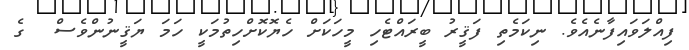
ފިއްލަވައިފާނެއެވެ. ނިކަމެތި ފަޤީރު ބީރައްޓެހި މީހަކަށް ހެޔޮކޮށްހިތުމަކީ ހަމަ ޔަޤީނުންވެސް  ގެ